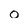
Character: o